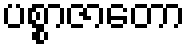
ပစ္စာဇာတော